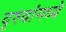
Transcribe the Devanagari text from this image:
दृश्यांमध्ये